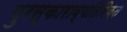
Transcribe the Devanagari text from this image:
पुरस्काराव्यतिरिक्त